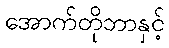
အောက်တိုဘာနှင့်